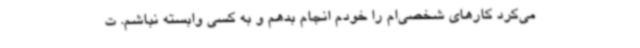
می‌کرد کارهای شخصی‌ام را خودم انجام بدهم و به کسی وابسته نباشم. ت